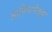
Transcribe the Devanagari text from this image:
आमिषापेक्षा